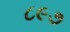
૮૯૭